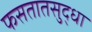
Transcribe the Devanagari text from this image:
फसतातसुद्धा